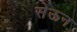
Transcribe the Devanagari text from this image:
सेऊन